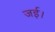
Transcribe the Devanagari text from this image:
जई।